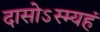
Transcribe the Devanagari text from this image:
दासोऽस्म्यहं